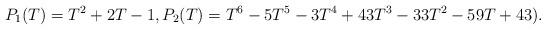
LaTeX: \begin{align*}P_1(T) = T^2 + 2T - 1, P_2(T) = T^6 - 5T^5 - 3T^4 + 43T^3 - 33T^2 - 59T + 43).\end{align*}